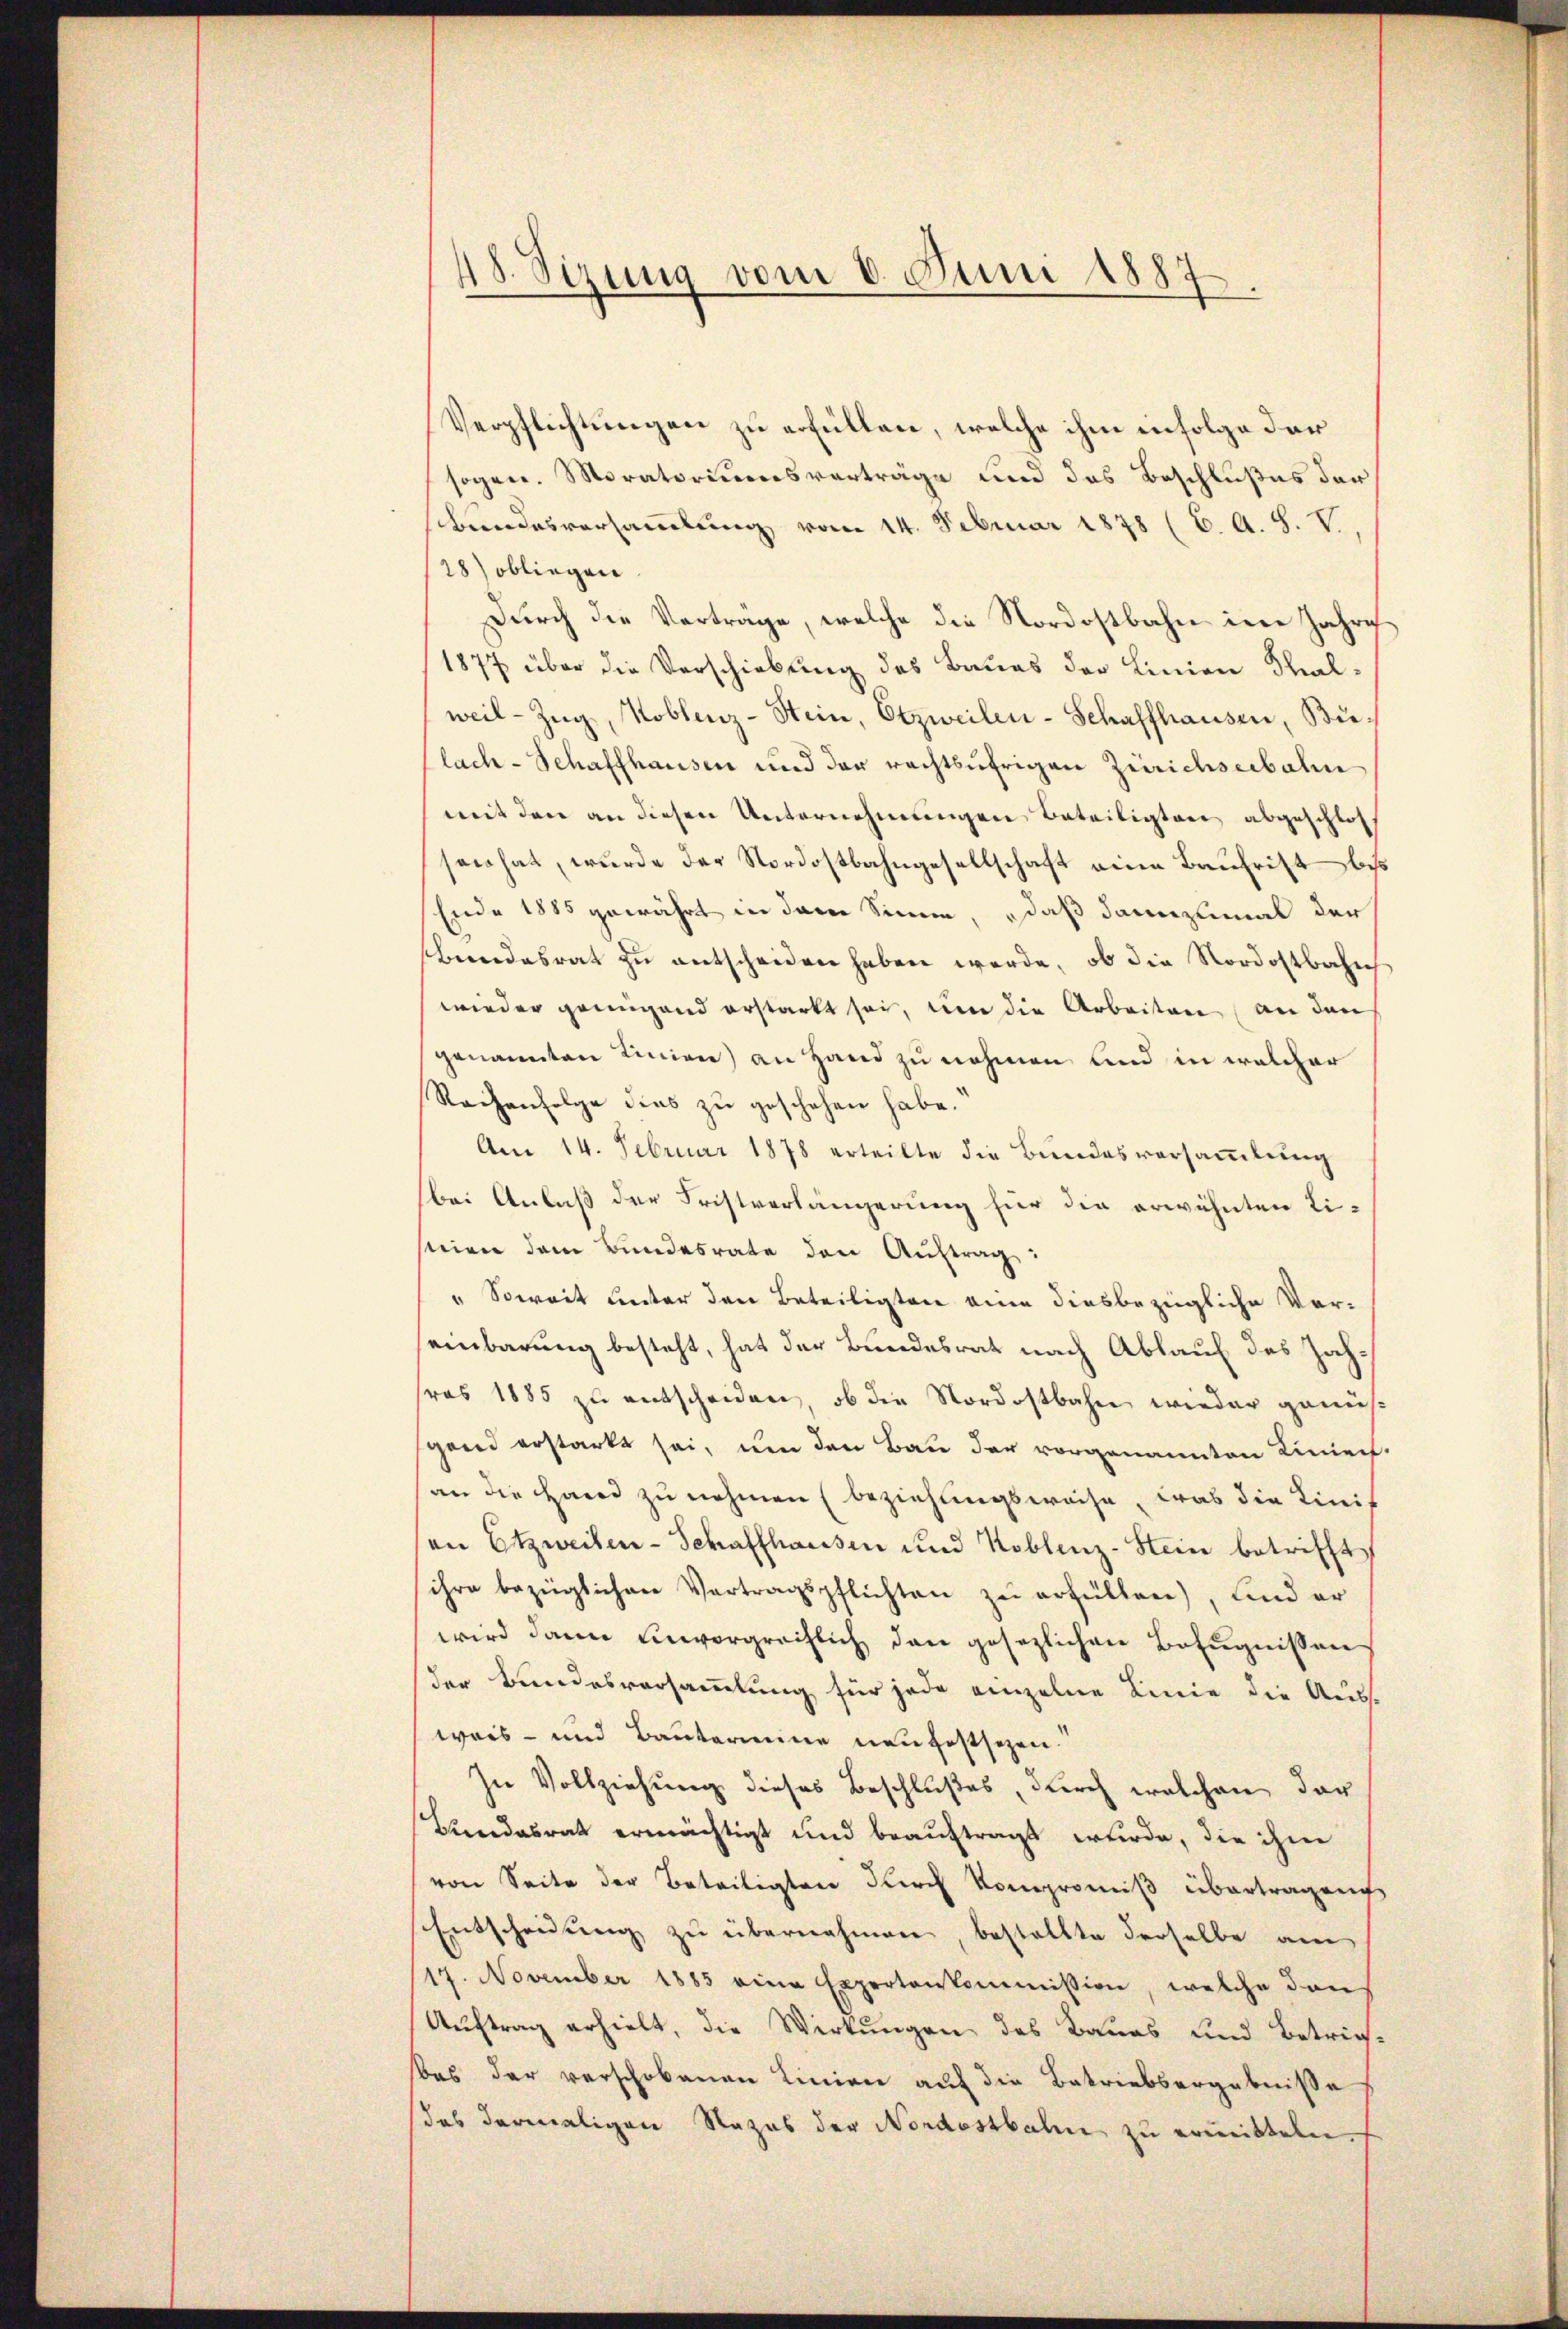
48. Sizung vom 8. Juni 1887.

Verpflichtungen zu erfüllen, welche ihm infolge der
sogen. Moratoriumsverträge und das Beschlußes der
bundesversammlung vom 14. Februar 1878 (C. A. S. V.
28) obliegen
Durch die Verträge, welche die Nordostbahn in Jahre
1877 über die Verschiebung des Baues der Linien Thal-
weil-Zŭg, Koblenz-Stein, Etzweilen-Schaffhausen, Bulach-Schaffhausen und der rechtsufrigen Zürichseebahn
mit den an diesen Unternehmungen Beteiligten abgeschlos
sac hat, wurde der Nordostbahngesellschaft eine Bauhrift bes
Ende 1885 gewährt in dem Sinne, daß dannzumal der
bendesrat zu entscheiden haben werde, ob die Nordostbahn
wieder genügend erstarkt sei, um die Arbeiten an den
genannten Linien) an Hand zu nehmen und in welcher
Rachenfolge dies zu geschehen habe.
Am 14. Februar 1878 erteilte die Bundesversammlung
bei Anlaß der Fristverlängerung für die erwähnten Liseien dem Bundesrate den Auftrag:
" Soweit unter den Beteiligten eine diesbezügliche Vor-
seinbarung besteht, hat der Bundesrat nach Ablauf des Zahras 1885 zu entscheiden, ob die Nordostbahn wieder genüs
gand erstarkt sei, um den Bau der vorgenannten Linien-
an die Hand zu nehmen (beziehungsweise, was die Linis
on Etzweiten-Schaffhausen und Koblenz-Stein betrifft
ihre bezüglichen Vertragspflichten zŭ erfüllen), und er
wird dann unvergreiflich den gesezlichen Befugnissen
der Bundesversammlung für jede einzelne Linie die Aus-
weis- und Bautermine neu festsezen.
In Vollziehung dieses Beschlußes, durch welchen der
Bundesrat ermächtigt und beauftragt wurde, die ihm
von Seite der Beteiligten durch Kompromiß übertragen,
Entscheidung zu übernahmen, bestellte derselbe am
117. November 1885 eine Expertenkommission, welche den
Auftrag erhielt, die Wirkungen des Baues und Betrichbas der verschobenen Linien auf die Betriebsergebniße
des dermaligen Nazas der Nordostbahn zu ermitteln.